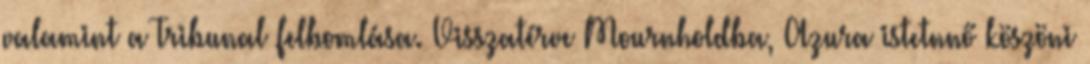
valamint a Tribunal felbomlása. Visszatérve Mournholdba, Azura istetnnő köszöni